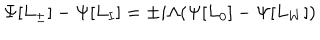
LaTeX: \Psi [ L _ { \pm } ] - \Psi [ L _ { I } ] = \pm i \Lambda ( \Psi [ L _ { 0 } ] - \Psi [ L _ { W } ] )